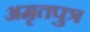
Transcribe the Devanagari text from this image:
अमृतपुत्र